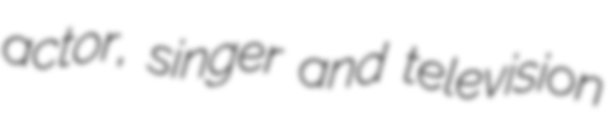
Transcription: actor, singer and television